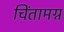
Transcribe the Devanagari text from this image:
चिंतामग्न